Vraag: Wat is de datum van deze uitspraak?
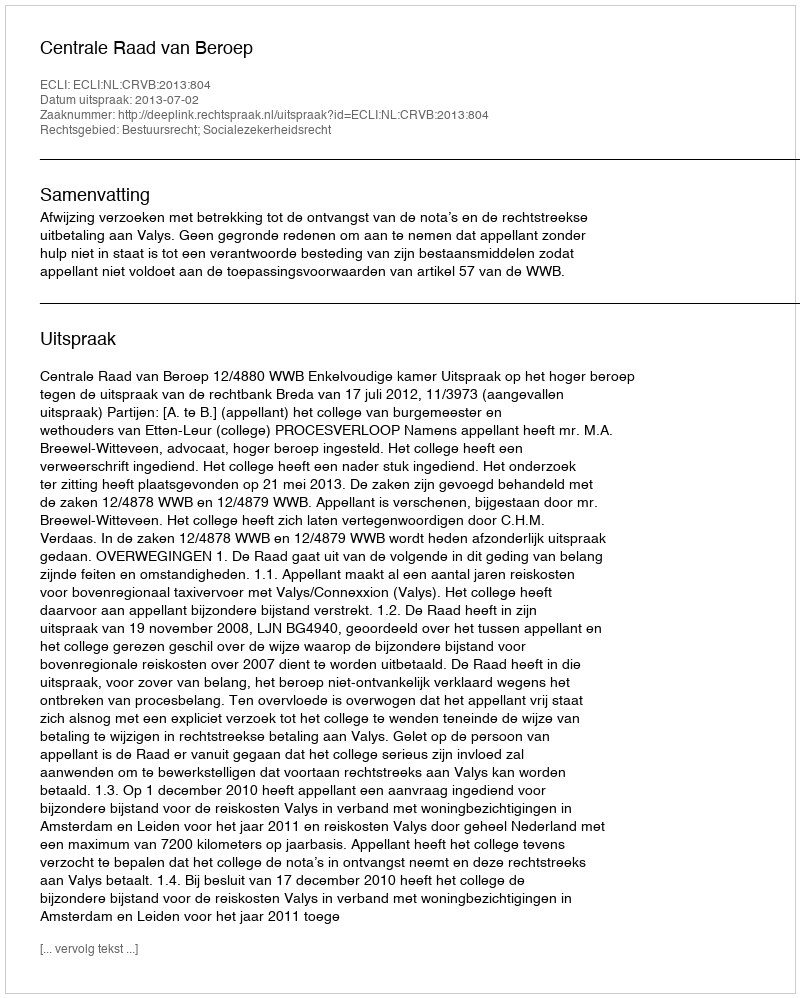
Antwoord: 2013-07-02